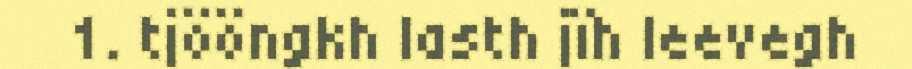
1. tjööngkh lasth jïh leevegh